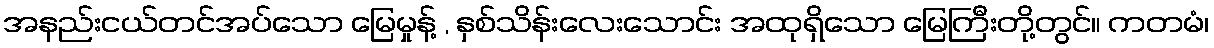
အနည်းငယ်တင်အပ်သော မြေမှုန့် , နှစ်သိန်းလေးသောင်း အထုရှိသော မြေကြီးတို့တွင်။ ကတမံ၊